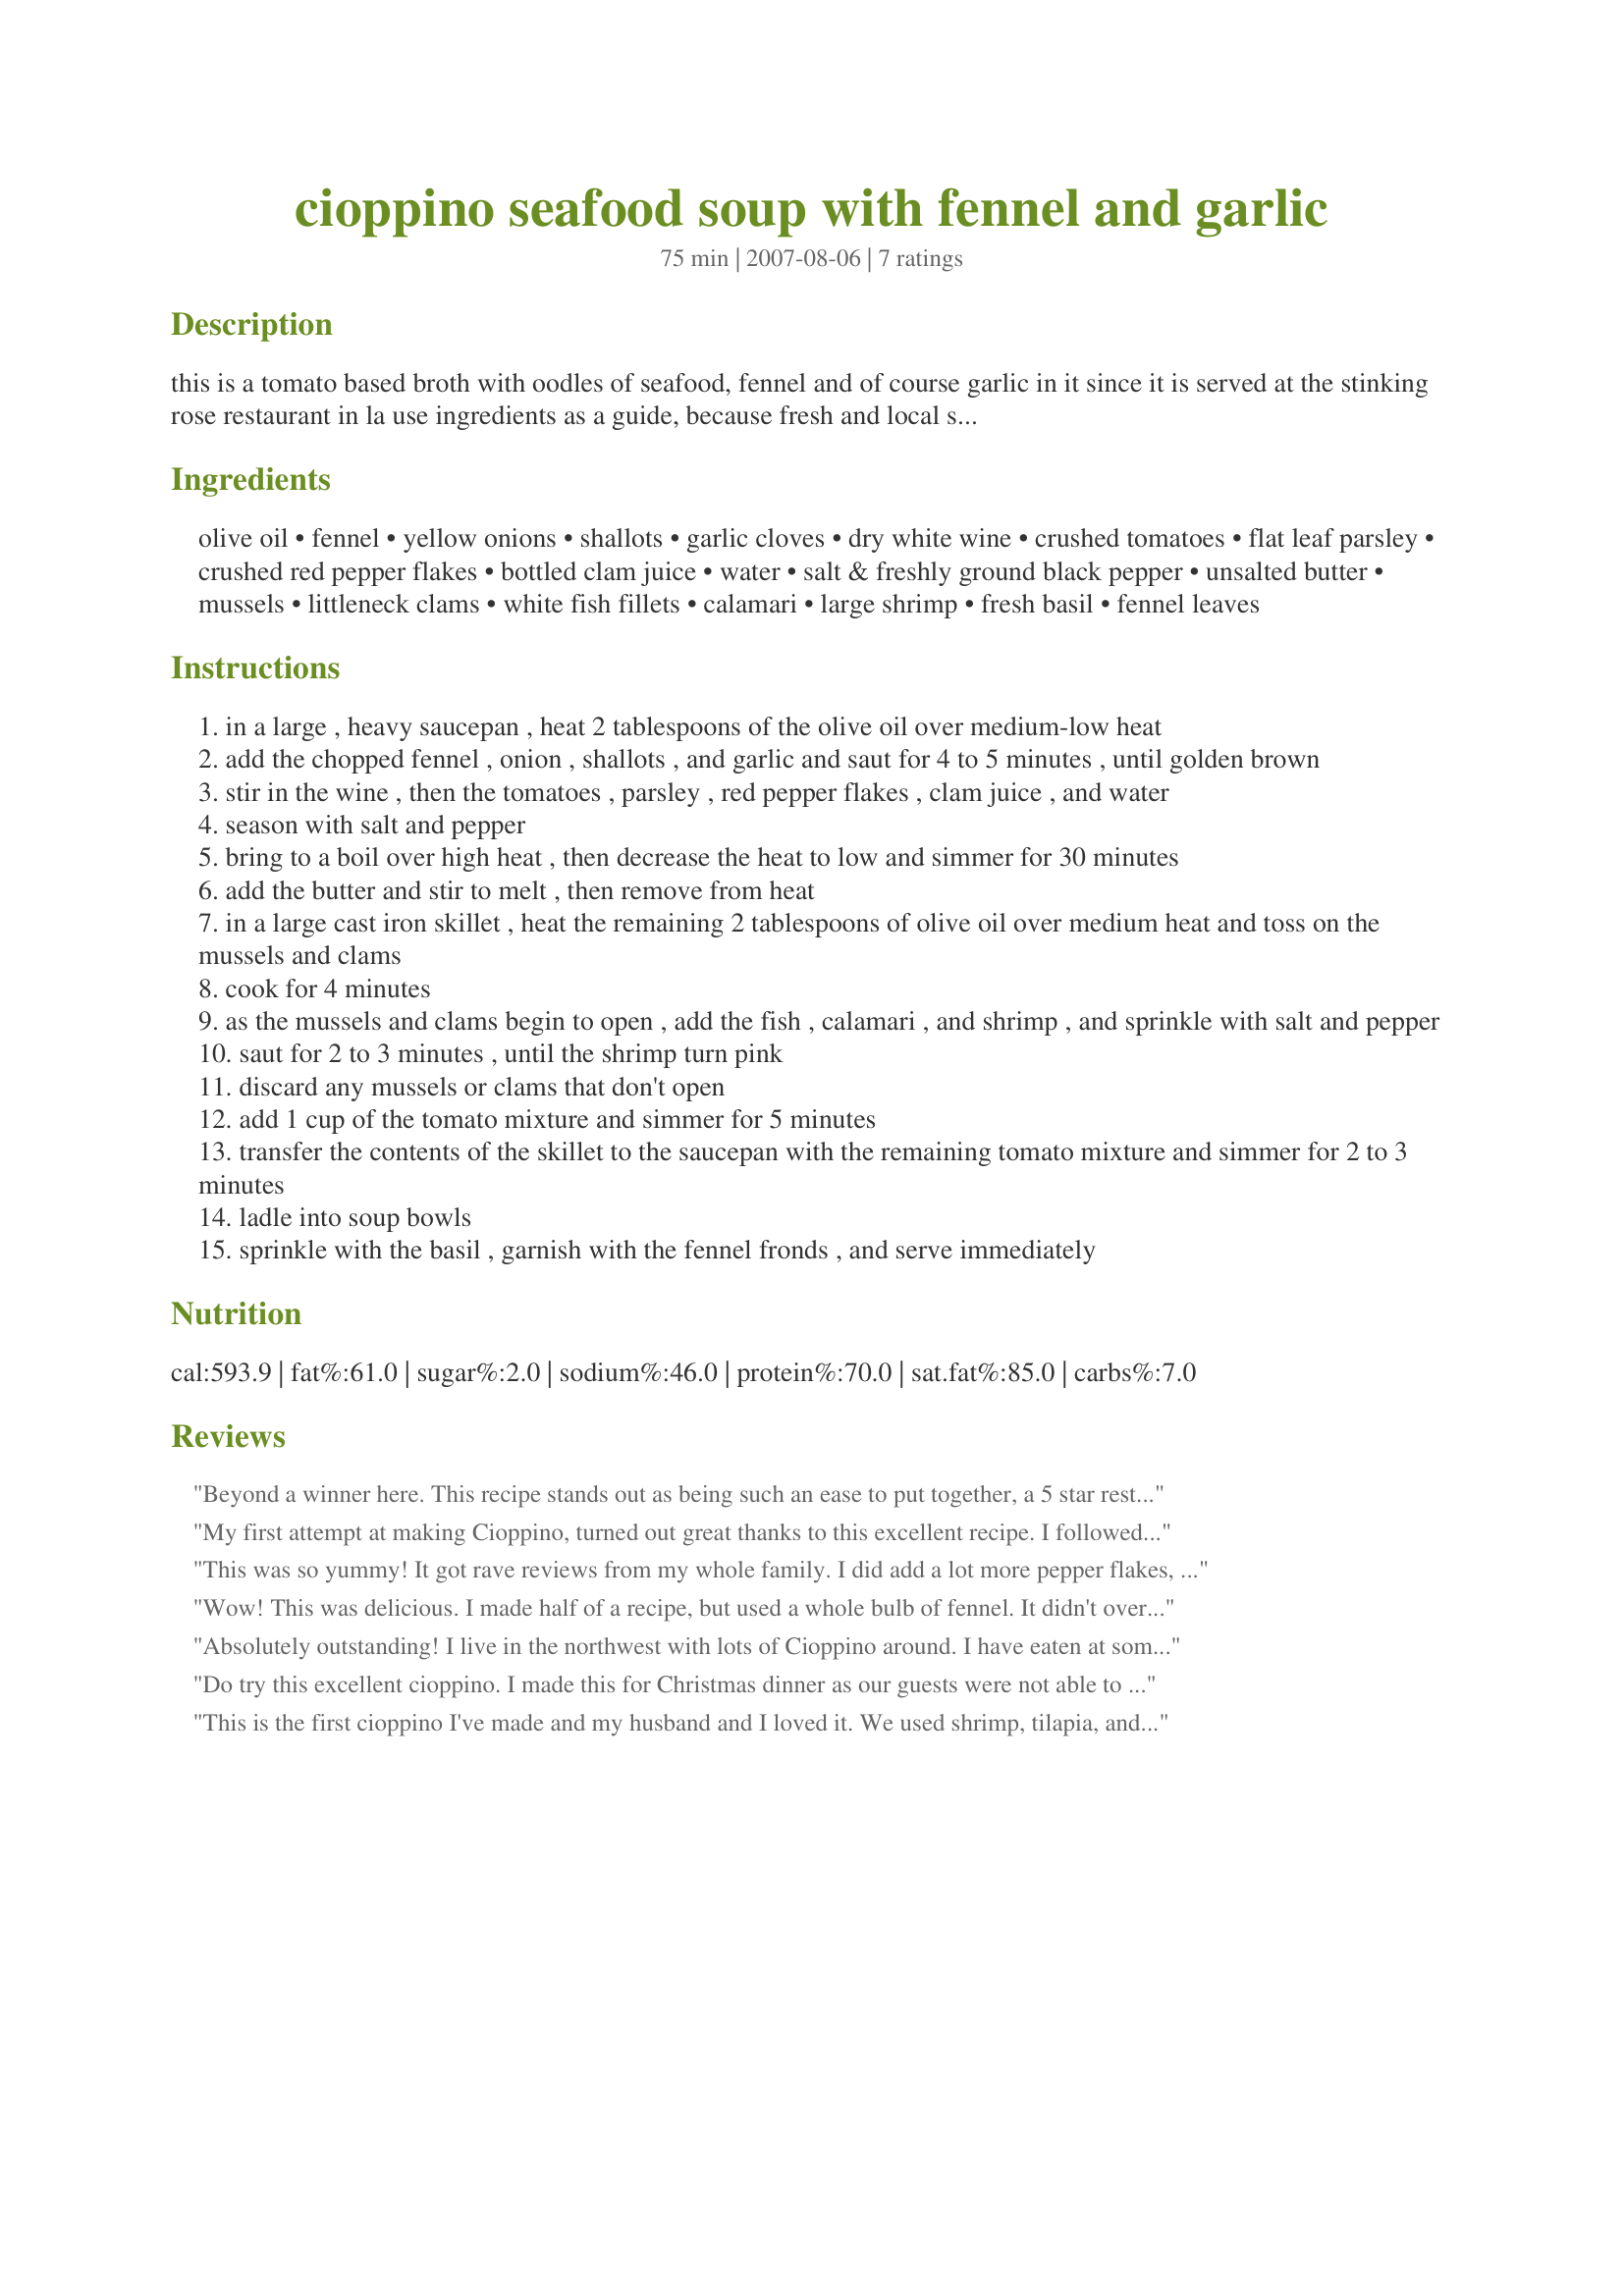
cioppino seafood soup with fennel and garlic
Preparation time: 75 minutes

this is a tomato based broth with oodles of seafood, fennel and of course garlic in it since it is served at the stinking rose restaurant in la use ingredients as a guide, because fresh and local seafood will be best. it is actually a very simple recipe just with lots of choices to put in it :) the first part can be done early too, and then just reheated when you want to pop in the seafood. prrp time includes chopping onions, etc.

Ingredients:
olive oil, fennel, yellow onions, shallots, garlic cloves, dry white wine, crushed tomatoes, flat leaf parsley, crushed red pepper flakes, bottled clam juice, water, salt & freshly ground black pepper, unsalted butter, mussels, littleneck clams, white fish fillets, calamari, large shrimp, fresh basil, fennel leaves

Steps:
in a large , heavy saucepan , heat 2 tablespoons of the olive oil over medium-low heat
add the chopped fennel , onion , shallots , and garlic and saut for 4 to 5 minutes , until golden brown
stir in the wine , then the tomatoes , parsley , red pepper flakes , clam juice , and water
season with salt and pepper
bring to a boil over high heat , then decrease the heat to low and simmer for 30 minutes
add the butter and stir to melt , then remove from heat
in a large cast iron skillet , heat the remaining 2 tablespoons of olive oil over medium heat and toss on the mussels and clams
cook for 4 minutes
as the mussels and clams begin to open , add the fish , calamari , and shrimp , and sprinkle with salt and pepper
saut for 2 to 3 minutes , until the shrimp turn pink
discard any mussels or clams that don't open
add 1 cup of the tomato mixture and simmer for 5 minutes
transfer the contents of the skillet to the saucepan with the remaining tomato mixture and simmer for 2 to 3 minutes
ladle into soup bowls
sprinkle with the basil , garnish with the fennel fronds , and serve immediately

Reviews:
Beyond a winner here. This recipe stands out as being such an ease to put together, a 5 star restaurant taste, and makes a beautiful presentation. I followed this exactly, only throwing the shrimp into the tomato mixture, just so it has some shrimp-ie broth too. Absolutely delicious! This just went together so fast, and the simmering clam/tomato/fennel broth is as enticing to smell as it is to view while it's simmering away. Tonight is my anniversary and I wanted something so special for Dennis and this was it. Thank you so very much MarraMamba! There is nothing I would change in this recipe absolutely perfect the way it is.
My first attempt at making Cioppino, turned out great thanks to this excellent recipe. I followed the recipe completely but used dried parsley instead of fresh, because I forgot to buy fresh. Red wine because I didnt have white, and I thought red would give more flavorful. I used 2 lobster tails, 3 lg. king crab legs, shrimp 12oz, 12 cockles, 12 bl. mussels, 12 oz. seafood mix (squid rings,etc.), pollock 8oz., and salmon 12oz. I boiled the shrimp, crab, and lobster shells to make a fish base instead of the water, but added the clam juice. It was outstanding and very hearty. My husband and son who frequently order this at restaurants gave it 5 stars! Thanks MarraMamba.
This was so yummy! It got rave reviews from my whole family. I did add a lot more pepper flakes, 2 cups more of water, and 1/2 of a cup more of white wine. My mom said, "this is a keeper recipe". I couldn't have said it better myself. Delish! Thank you:)
Wow! This was delicious. I made half of a recipe, but used a whole bulb of fennel. It didn't overpower it, and I am glad I did. I also omitted the butter and halved the clam juice and red pepper flakes, and it was still lightly spicy. I choose to double up on the fish in lieu of the shrimp and calamari. It all went together perfectly and was thoroughly enjoyed!
Absolutely outstanding! I live in the northwest with lots of Cioppino around. I have eaten at some of the best restaurants and this is right up there on the top of the list. The only thing I omitted was the calamari only cuz DH an I don't care for it. Also no fresh basil so used dried during the last part of step 2. Excellent! Thanks MarraMamba for posting. Take care, love ya!
Do try this excellent cioppino. I made this for Christmas dinner as our guests were not able to make it. We have three feet of snow and still snowing. I used shrimp, tilapia, salmon, lobster and scallops. I made shrimp stock and used that instead of water. We will have this one many, many times in the future. Served with fresh French bread to soak up all those wonderful juices.
This is the first cioppino I've made and my husband and I loved it. We used shrimp, tilapia, and scallops and followed the majority of the recipe except we added 3x the red pepper flakes and used Italian seasoning. The fish blended well with the flavors and the flavorful tomato sauce packed a kick that was wonderful eaten with toasted croutons. This recipe goes in the favorites folder.
